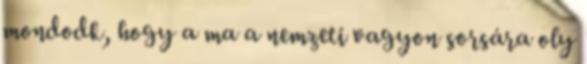
mondodk, hogy a ma a nemzeti vagyon sorsára oly